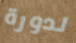
لدورة